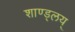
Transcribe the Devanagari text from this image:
शाण्ड्लय्